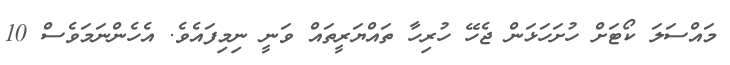
މައްސަލަ ކޯޓަށް ހުށަހަޅަން ޖެހޭ ހުރިހާ ތައްޔަރީތައް ވަނީ ނިމިފައެވެ. އެހެންނަމަވެސް 10